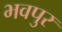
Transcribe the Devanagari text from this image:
भवपुर